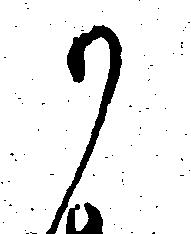
か